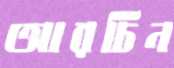
আরচিন